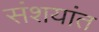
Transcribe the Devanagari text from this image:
संशयांत